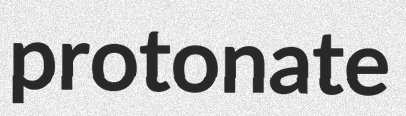
protonate